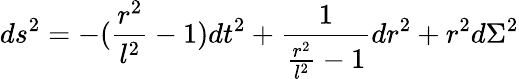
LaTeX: ds^{2}=-(\frac{r^{2}}{l^{2}}-1)dt^{2}+\frac{1}{\frac{r^{2}}{l^{2}}-1}dr^{2}+r^{2}d\Sigma^{2}